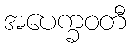
အပေက္ခဝတီ